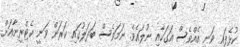
ކުޅެފައި ވަނީ އެއްވެސް އަގަކާއި ނުލައެވެ. ނަމަވެސް ބަދަލުގައި ކަރަން ވަނީ ކެޓްރީނާއަށް